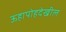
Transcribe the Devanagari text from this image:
ऊहापोहदेखील